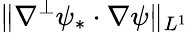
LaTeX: \| \nabla^{\perp}\psi_{*}\cdot\nabla\psi\| _{L^{1}}